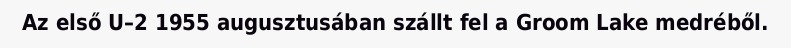
Az első U–2 1955 augusztusában szállt fel a Groom Lake medréből.